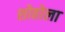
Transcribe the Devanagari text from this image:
शोहोला